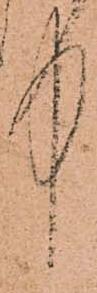
中